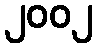
၂၀၀၂